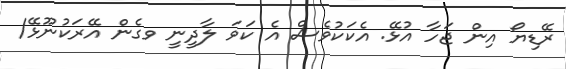
ރޭޑިޔޯ އިން ޖަހާ އުޅޭ. އެކަކުވެސް އެ ކަވަ ލާދީނީ ވގެން އޭރަކުނޫޅޭ/